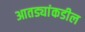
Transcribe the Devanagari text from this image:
आतड्यांकडील